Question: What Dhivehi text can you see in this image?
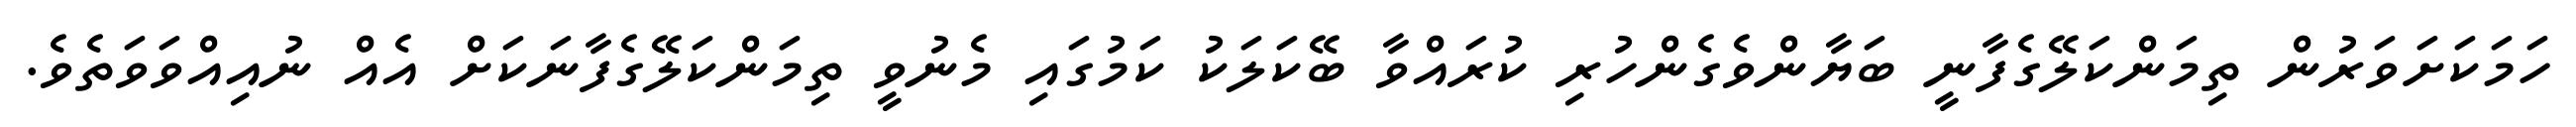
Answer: ހަމަކަށަވަރުން ތިމަންކަލޭގެފާނީ ބަޔާންވެގެންހުރި ކުރައްވާ ބޭކަލަކު ކަމުގައި މެނުވީ ތިމަންކަލޭގެފާނަކަށް އެއް ނުއިއްވަވަތެވެ.